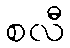
စလီ